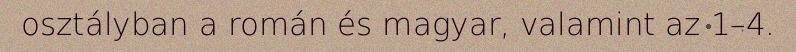
osztályban a román és magyar, valamint az 1–4.